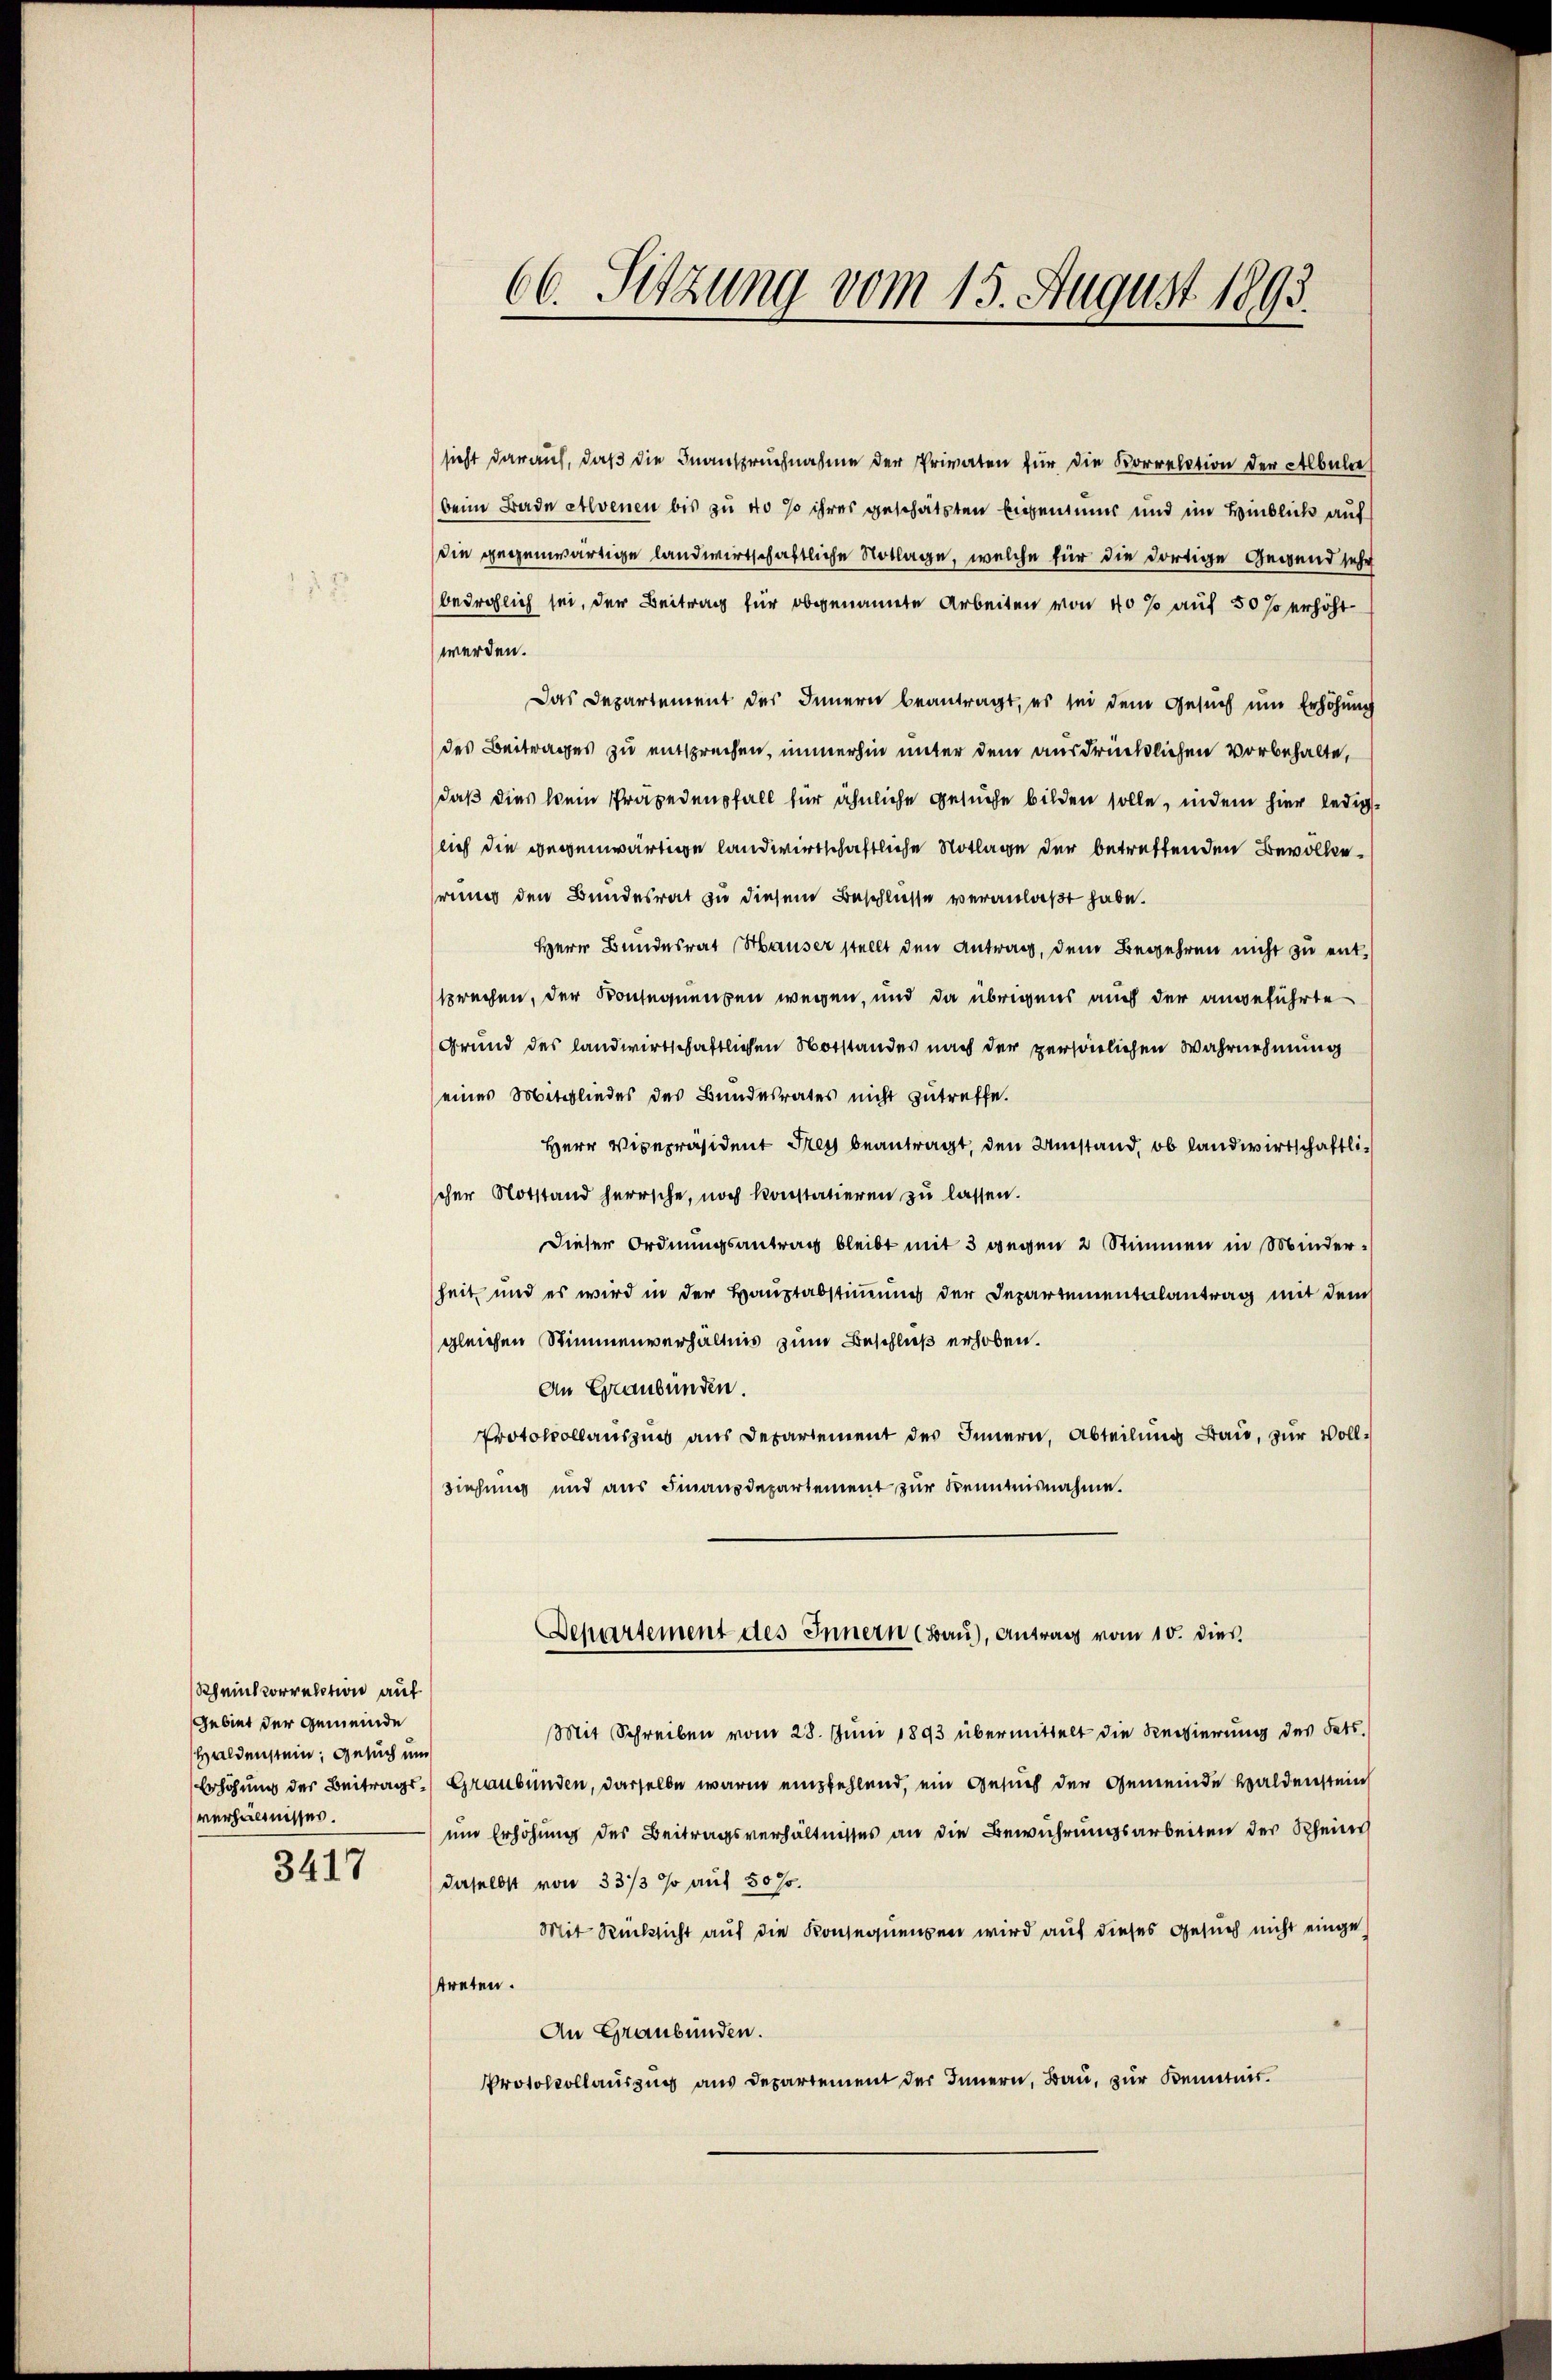
Scheinkorrektion auf
Gebiet der Gemeinde
Haldenstein, Gesuch und
verhältnisses.

3417

sicht darauf, daß die Inanspruchnahme der Privaten für die Korrelation der Albule
beim Bade atlvenen bis zu 40 so ihres geschätzten Eigentums und im Hinblick auf
die gegenwärtige landwirtschaftliche Notlage, welche für die dortige Gegend sehr
bedrohlich sei, der Beitrag für obgenannte Arbeiten von 40% auf 50 so erhöht
werden.
Das Departement des Innern beantragt, es sei dem Gesuch um Erhöhung
des Beitrages zu entsprechen, immerhin unter dem ausdrücklichen Vorbehalte,
daß dies kein Präpedenfall für ähnliche Gesuche bilden solle, indem hier ledigslich die gegenwärtige landwirtschaftliche Notlage der betreffenden Bevolleriner den Bundesrat zu diesem Beschlüsse veranlaßt habe.
Herr Bundesrat Hauser stellt den Antrag, dem Begehren nicht zu entsprechen, der Konsegnungen wegen, und da übrigens auch der angeführte
Grund des landwirtschaftlichen Notstandes nach der persönlichen Wahrnehmung
eines Mitgliedes des Bundesrates nicht zutreffe.
Herr Vicepräsident Frey beantragt, den Umstand, ob landwirtschaftlischer Notstand herrsche, noch konstatieren zu lassen.
Dieser Ordnungsantrag bleibt mit 3 wegen 2 Stimmen in Minderheit und es wird in der Hauptabstimmung der Departementalantrag mit dem
gleichen Stimmenverhältnis zum Beschluß erhoben.
An Graubünden.
Protokollauszins aus Departement des Innern, Abteilung Bau, zur Vollziehung und aus Finanzdepartement zur Kenntnisnahme.
Departement des Innern (Bau), Antrag vom 10. dies
Mit Schreiben vom 28. Juni 1893 übermittelt die Regierung des Fets.
Erhöhung der Beitrags- Graubünden, derselbe warm empfehlend, ein Gesuch der Gemeinde Waldenstein
um Erhöhung des Beitragsverhältnisses an die Bewuhrungsarbeiten der Scheine
daselbst von 33/3 % auf 507.
Mit Rücksicht auf die Konsequenzen wird auf dieses Gesuch nicht einge
streten.
An Graubünden.
Protokollauszug aus Departement der Innern, Bau, zur Kenntnis.

66. Sitzung vom 15. August 1893.